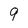
Character: 9